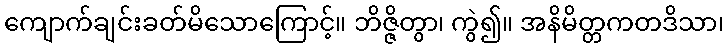
ကျောက်ချင်းခတ်မိသောကြောင့်။ ဘိဇ္ဇိတွာ၊ ကွဲ၍။ အနိမိတ္တကတဒိသာ၊